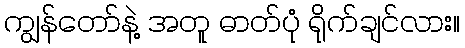
ကျွန်တော်နဲ့ အတူ ဓာတ်ပုံ ရိုက်ချင်လား။